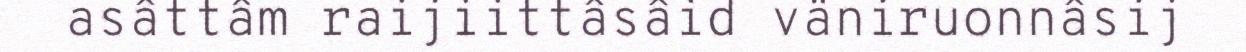
asâttâm raijiittâsâid väniruonnâsij